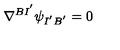
\nabla ^ { B I ^ { ' } } \psi _ { I ^ { ' } B ^ { ' } } = 0